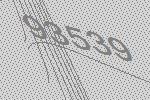
93539